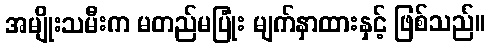
အမျိုးသမီးက မတည်မပြုံး မျက်နှာထားနှင့် ဖြစ်သည်။